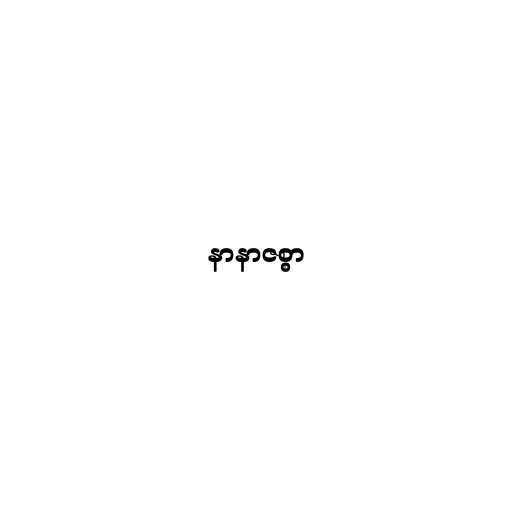
နာနာဇစ္စာ